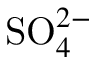
\mathrm { S O } _ { 4 } ^ { 2 - }